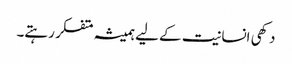
دکھی انسانیت کے لیے ہمیشہ متفکر رہتے۔